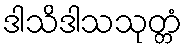
ဒါသိဒါသသုတ္တံ